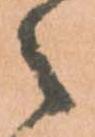
之